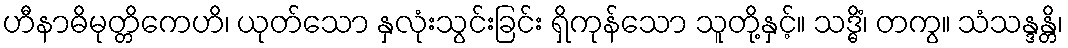
ဟီနာဓိမုတ္တိကေဟိ၊ ယုတ်သော နှလုံးသွင်းခြင်း ရှိကုန်သော သူတို့နှင့်။ သဒ္ဓိံ၊ တကွ။ သံသန္ဒန္တိ၊